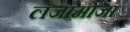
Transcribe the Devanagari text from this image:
लेजामोजा